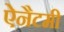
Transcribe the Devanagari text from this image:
ऐनैटमी